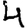
Digit: 4